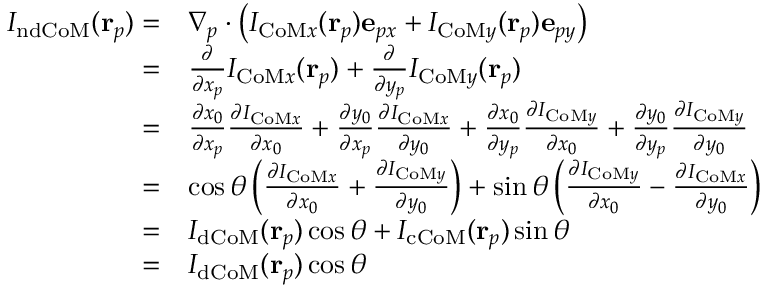
\begin{array} { r l } { I _ { \mathrm { n d C o M } } ( \mathbf { r } _ { p } ) = } & { \nabla _ { p } \cdot \left( I _ { \mathrm { C o M } x } ( \mathbf { r } _ { p } ) \mathbf { e } _ { p x } + I _ { \mathrm { C o M } y } ( \mathbf { r } _ { p } ) \mathbf { e } _ { p y } \right) } \\ { = } & { \frac { \partial } { \partial x _ { p } } I _ { \mathrm { C o M } x } ( \mathbf { r } _ { p } ) + \frac { \partial } { \partial y _ { p } } I _ { \mathrm { C o M } y } ( \mathbf { r } _ { p } ) } \\ { = } & { \frac { \partial x _ { 0 } } { \partial x _ { p } } \frac { \partial I _ { \mathrm { C o M } x } } { \partial x _ { 0 } } + \frac { \partial y _ { 0 } } { \partial x _ { p } } \frac { \partial I _ { \mathrm { C o M } x } } { \partial y _ { 0 } } + \frac { \partial x _ { 0 } } { \partial y _ { p } } \frac { \partial I _ { \mathrm { C o M } y } } { \partial x _ { 0 } } + \frac { \partial y _ { 0 } } { \partial y _ { p } } \frac { \partial I _ { \mathrm { C o M } y } } { \partial y _ { 0 } } } \\ { = } & { \cos \theta \left( \frac { \partial I _ { \mathrm { C o M } x } } { \partial x _ { 0 } } + \frac { \partial I _ { \mathrm { C o M } y } } { \partial y _ { 0 } } \right) + \sin \theta \left( \frac { \partial I _ { \mathrm { C o M } y } } { \partial x _ { 0 } } - \frac { \partial I _ { \mathrm { C o M } x } } { \partial y _ { 0 } } \right) } \\ { = } & { I _ { \mathrm { d C o M } } ( \mathbf { r } _ { p } ) \cos \theta + I _ { \mathrm { c C o M } } ( \mathbf { r } _ { p } ) \sin \theta } \\ { = } & { I _ { \mathrm { d C o M } } ( \mathbf { r } _ { p } ) \cos \theta } \end{array}